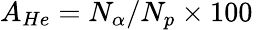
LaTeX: A_{He}=N_{\alpha}/N_{p}\times 100\